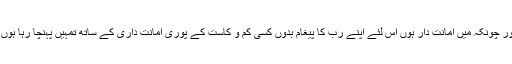
اور چونکہ میں امانت دار ہوں اس لئے اپنے رب کا پیغام بدوں کسی کم و کاست کے پوری امانت داری کے ساتھ تمہیں پہنچا رہا ہوں ۔